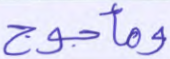
ومأجوج